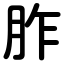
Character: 胙